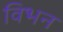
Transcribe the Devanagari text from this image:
विभन